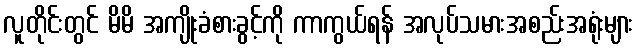
လူတိုင်းတွင် မိမိ အကျိုးခံစားခွင့်ကို ကာကွယ်ရန် အလုပ်သမားအစည်းအရုံးများ